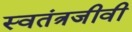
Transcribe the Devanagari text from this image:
स्वतंत्रजीवी